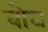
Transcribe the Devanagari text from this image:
बोघ